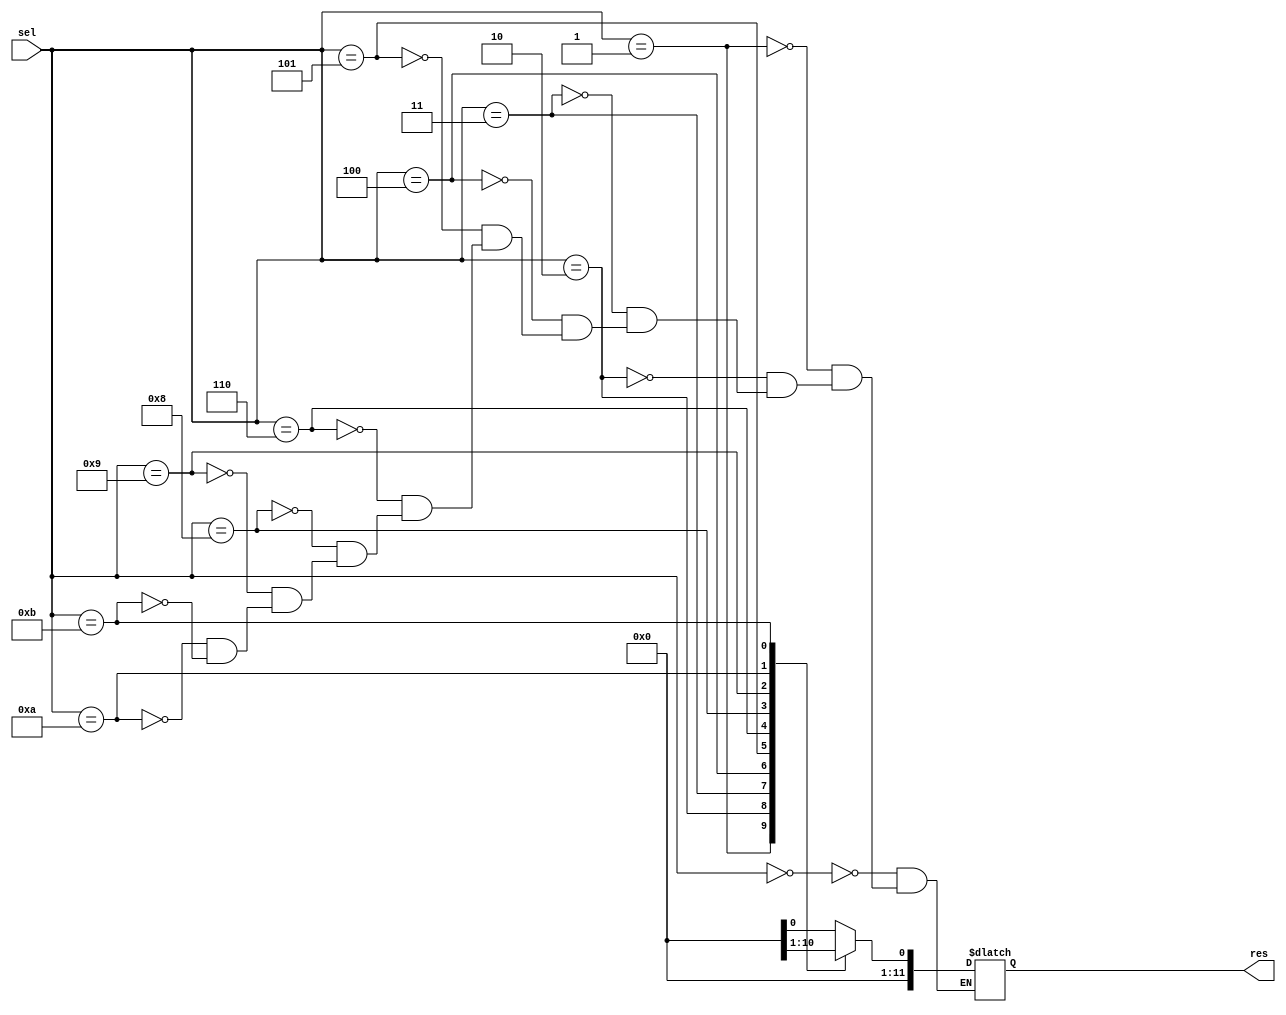
module decoder (sel, res);  
  input [3:0] sel;  
  output [11:0] res;  
  reg [11:0] res;  
  always @(sel)  
 
  begin  
    case (sel)  
      4'b0000 : res = selAND;  
      4'b0001 : res = selOR ;  
      4'b0010 : res = selNOT;  
      4'b0011 : res = selXOR ;  
      4'b0100 : res = selNAND;  
      4'b0101 : res = selNOR;  
      4'b0110 : res = selXNOR; 
	  4'b1000 : res = selADD; 
	  4'b1001 : res = selSUB;
	  4'b1010 : res = selSHRIGHT;
	  4'b1011 : res = selSHLEFT;
      4'b0000 : res = selCLEAR;  
    endcase  
  end  
endmodule